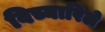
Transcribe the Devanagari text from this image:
विच्यारिले